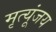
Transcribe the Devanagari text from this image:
मृत्यूंजय